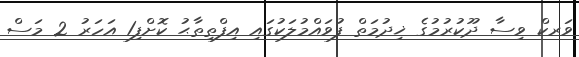
ވަރކް ވިސާ ދޫކުރުމުގެ ޚިދުމަތް ފުވައްމުލަކުގައި އިފްތިތާޙު ކޮށްފި1 އަހަރު 2 މަސް